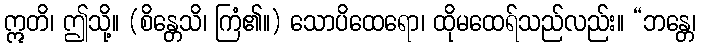
ဣတိ၊ ဤသို့။ (စိန္တေသိ၊ ကြံ၏။) သောပိထေရော၊ ထိုမထေရ်သည်လည်း။ “ဘန္တေ၊